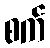
စက်